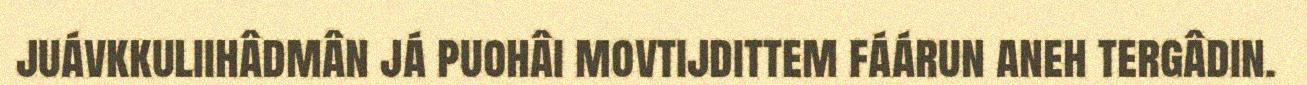
juávkkuliihâdmân já puohâi movtijdittem fáárun aneh tergâdin.